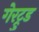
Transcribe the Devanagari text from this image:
गेरट्रुड